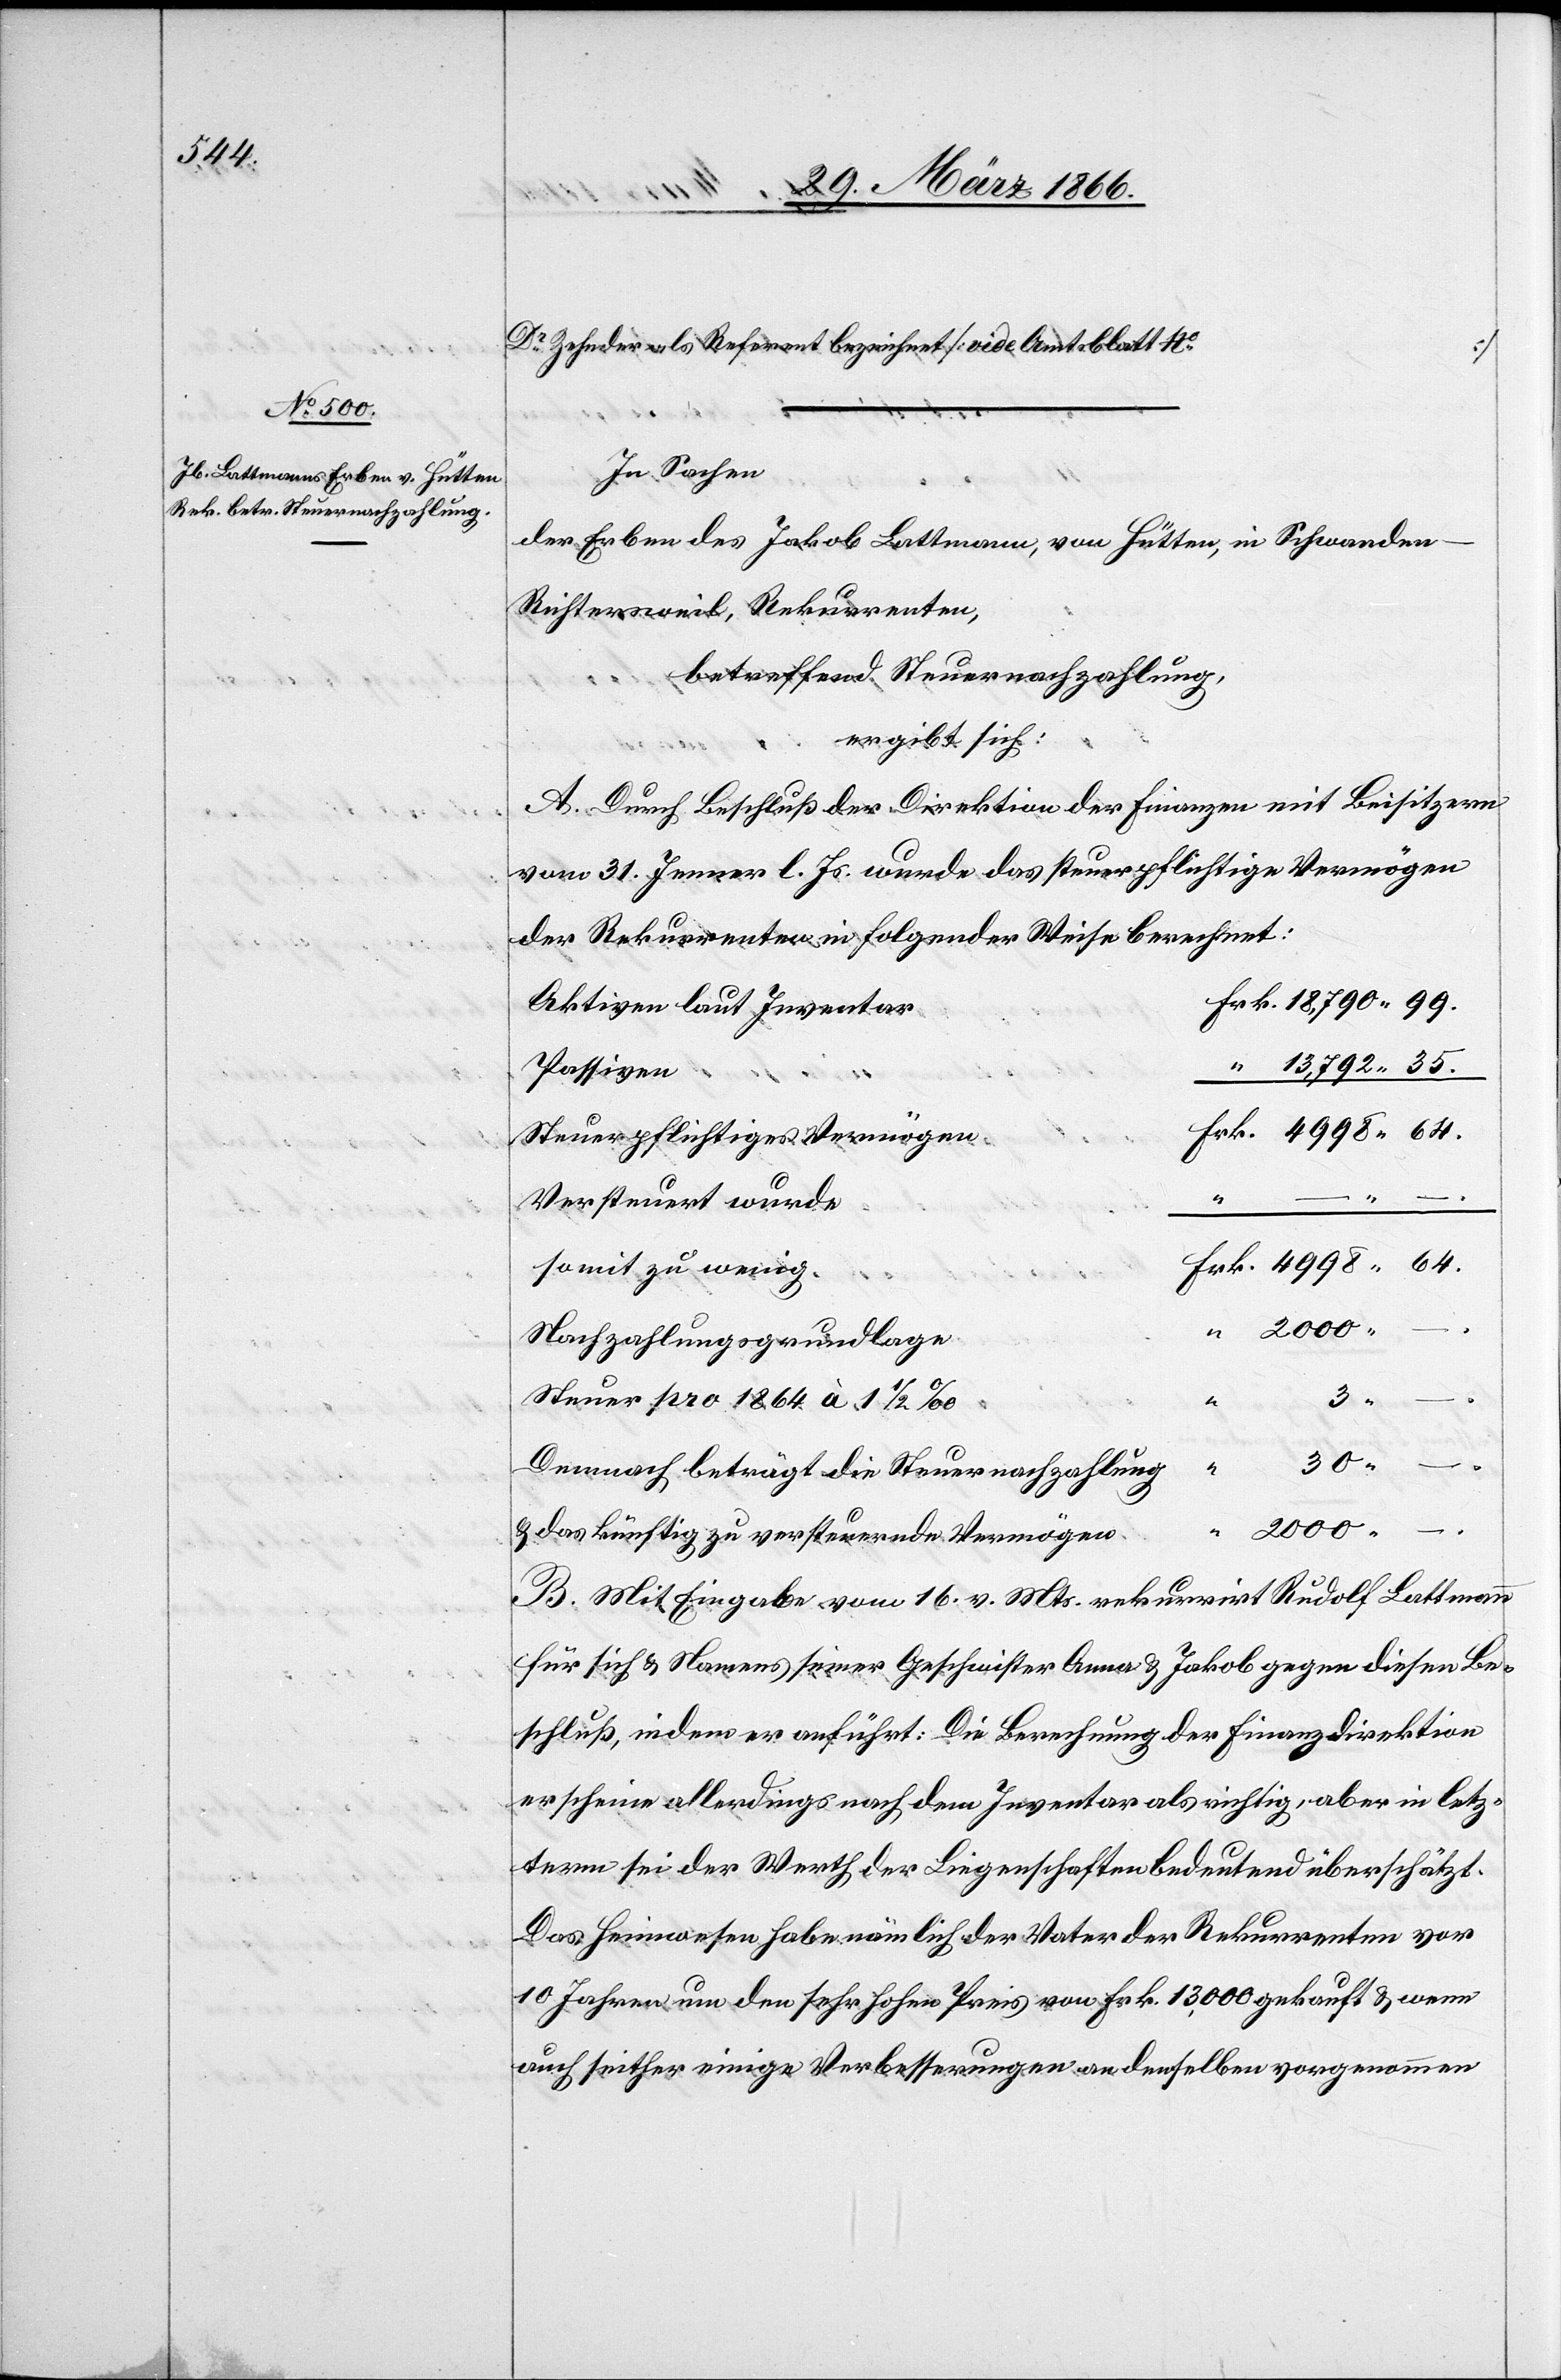
18 790.

Dr. Zehnder als Referent bezeichnet [vide Amtsblatt No.
In Sachen
der Erben des Jakob Lattmann, von Hütten, in Schwande¬
n-Richtersweil, Rekurrenten,
betreffend Steuernachzahlung,
ergibt sich:
A. Durch Beschluß der Direktion der Finanzen mit Beisitzern
vom 31. Jenner l. Js. wurde das steuerpflichtige Vermögen
der Rekurrenten in folgender Weise berechnet:
Aktiven laut Inventar
Passiven
Steuerpflichtiges Vermögen
Versteuert wurde
somit zu wenig
Nachzahlungsgrundlage
“
3.
Steuer pro 1864 à 1 1/2 ‰
… ]
30.
–.
Demnach beträgt die Steuernachzahlung
“
2000.
–.
u. das künftig zu versteuernde Vermögen
B. Mit Eingabe vom 16. v. Mts. rekurrirt Rudolf Lattmann
für sich u. Namens seiner Geschwister Anna u. Jakob gegen diesen Be¬
schluß, indem er anführt: Die Berechnung der Finanzdirektion
erscheine allerdings nach dem Inventar als richtig, aber in letz¬
term sei der Werth der Liegenschaften bedeutend überschätzt.
Das Heimwesen habe nämlich der Vater der Rekurrenten vor
10 Jahren um den sehr hohen Preis von Frk. 13 000 gekauft u. wenn
auch seither einige Verbesserungen an demselben vorgenommen

35.